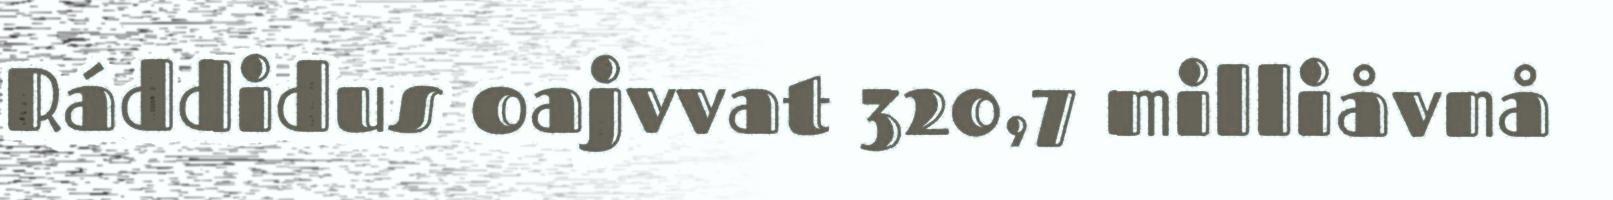
Ráddidus oajvvat 320,7 milliåvnå